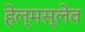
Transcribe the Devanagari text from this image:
हेल्मस्लेव